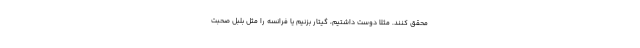
محقق کنند. مثلا دوست داشتیم، گیتار بزنیم یا فرانسه را مثل بلبل صحبت